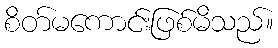
စိတ်မကောင်းဖြစ်မိသည်။